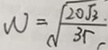
W = \sqrt { \frac { 2 0 \sqrt { 3 . } } { 3 \Gamma } }